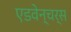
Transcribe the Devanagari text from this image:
एडवेन्चर्स